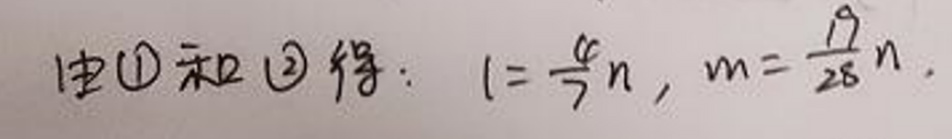
由\textcircled{1}和\textcircled{2}得：$l = \frac{6}{7}n$, $m = \frac{19}{28}n$.